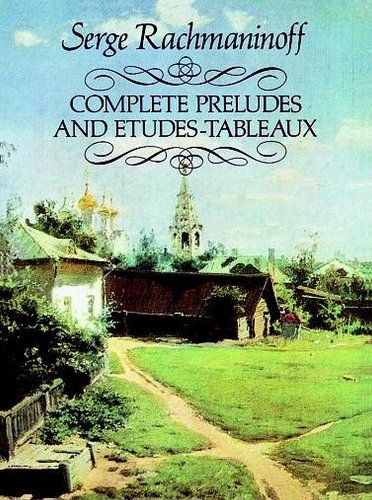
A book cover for Complete Preludes and Etudes-Tableaux (Dover Music for Piano); Serge Rachmaninoff; Humor & Entertainment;